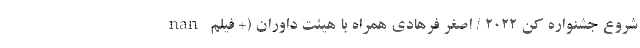
nan شروع جشنواره کن 2022 / اصغر فرهادی همراه با هیئت داوران (+ فیلم